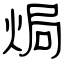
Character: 焗